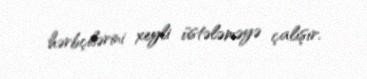
hərbçilərini xeyli üstələməyə çalışır.